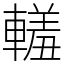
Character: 䡭